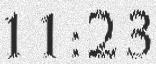
11:23